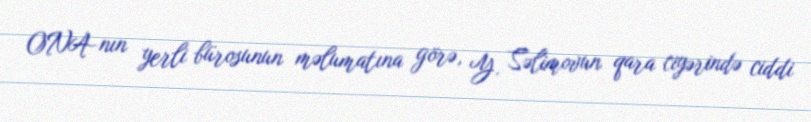
ONA-nın yerli bürosunun məlumatına görə, Y. Səlimovun qara ciyərində ciddi